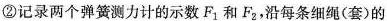
② 记录两个弹簧测力计的示数F_{1}和F_{2}，沿每条细绳(套)的